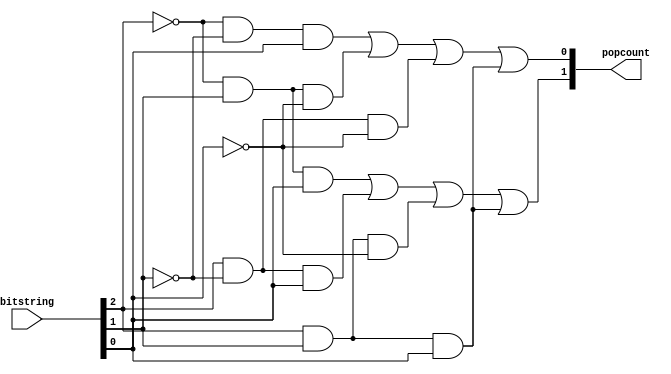
module Popcount(
    input [2:0] bitstring,
    output [1:0] popcount
);
    reg [1:0] popcount;
    
    always @( * ) begin
        popcount[0] = (~bitstring[2]&~bitstring[1]&bitstring[0]) | (~bitstring[2]&bitstring[1]&~bitstring[0]) | (bitstring[2]&~bitstring[1]&~bitstring[0]) | (bitstring[2]&bitstring[1]&bitstring[0]);
        popcount[1] = (~bitstring[2]&bitstring[1]&bitstring[0]) | (bitstring[2]&~bitstring[1]&bitstring[0]) | (bitstring[2]&bitstring[1]&~bitstring[0]) | (bitstring[2]&bitstring[1]&bitstring[0]);
    end

endmodule